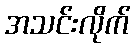
အသင်းလိုက်